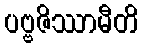
ပဗ္ဗဇိဿာမီတိ